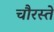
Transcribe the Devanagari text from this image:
चौरस्ते